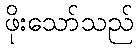
ဖိုးသော်သည်